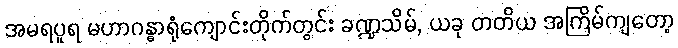
အမရပူရ မဟာဂန္ဓာရုံကျောင်းတိုက်တွင်း ခဏ္ဍသိမ်, ယခု တတိယ အကြိမ်ကျတော့